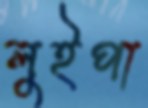
লুইপা